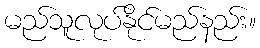
မည်သူလုပ်နိုင်မည်နည်း။